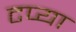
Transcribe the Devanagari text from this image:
टप्या